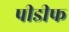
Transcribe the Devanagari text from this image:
पीडीफ